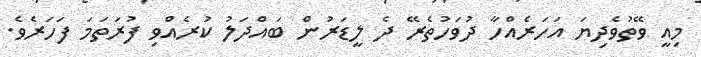
މިއީ ވޭތުވެދިޔަ އަހަރެއްހާ ދުވަހުތެރޭ ދެ ލީޑަރުން ބައްދަލު ކުރެއްވި ފުރަތަމަ ފަަހަރެވެ.